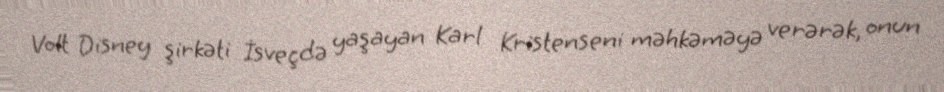
Volt Disney şirkəti İsveçdə yaşayan Karl Kristenseni məhkəməyə verərək, onun